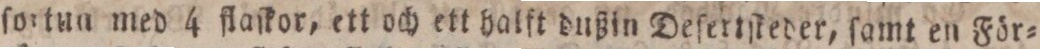
fortun med 4 flaſkor, ett och ett halft dußin Deſertſkeder, ſamt en För=